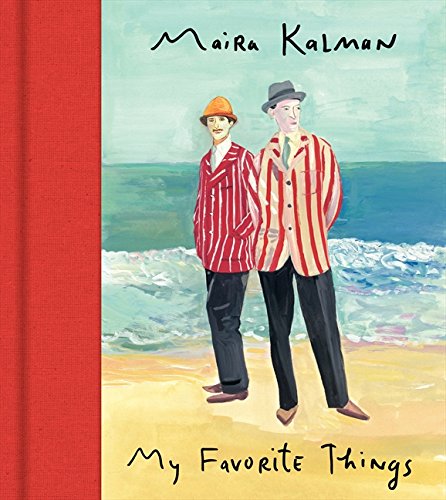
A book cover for My Favorite Things; Maira Kalman; Arts & Photography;